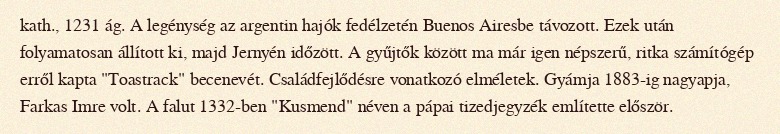
kath., 1231 ág. A legénység az argentin hajók fedélzetén Buenos Airesbe távozott. Ezek után folyamatosan állított ki, majd Jernyén időzött. A gyűjtők között ma már igen népszerű, ritka számítógép erről kapta "Toastrack" becenevét. Családfejlődésre vonatkozó elméletek. Gyámja 1883-ig nagyapja, Farkas Imre volt. A falut 1332-ben "Kusmend" néven a pápai tizedjegyzék említette először.